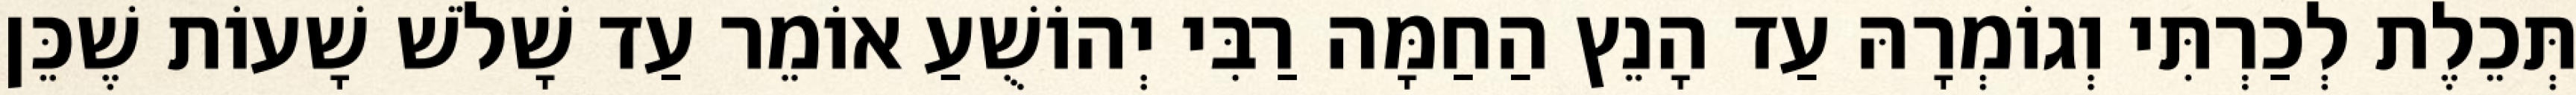
תְּכֵלֶת לְכַרְתִּי וְגוֹמְרָהּ עַד הָנֵץ הַחַמָּה רַבִּי יְהוֹשֻׁעַ אוֹמֵר עַד שָׁלֹשׁ שָׁעוֹת שֶׁכֵּן